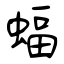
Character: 蝠